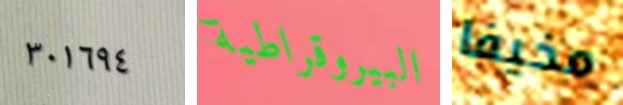
٣٠١٦٩٤ البيروقراطية مخيفا